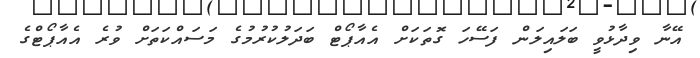
އޭނާ ވިދާޅުވީ ބަލައިލަން ފަސޭހަ ގޮތަކަށް އެއާޕޯޓް ބަދަލުކުރުމުގެ މަސައްކަތަށް ވުރެ އެއާޕޯޓްގެ